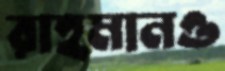
রাহমানও